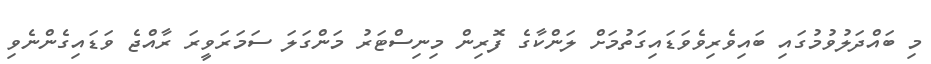
މި ބައްދަލުވުމުގައި ބައިވެރިވެވަޑައިގަތުމަށް ލަންކާގެ ފޮރިން މިނިސްޓަރު މަންގަލަ ސަމަރަވީރަ ރާއްޖެ ވަޑައިގެންނެވި